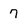
Character: 7